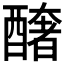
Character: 𨣍